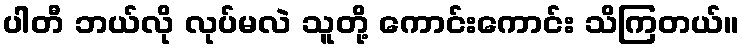
ပါတီ ဘယ်လို လုပ်မလဲ သူတို့ ကောင်းကောင်း သိကြတယ်။